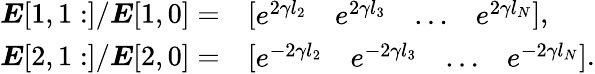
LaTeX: \begin{array}{rl}{\boldsymbol{E}[1,1:]/\boldsymbol{E}[1,0]=}&{\left[\begin{array}{llll}{e^{2\gamma l_{2}}}&{e^{2\gamma l_{3}}}&{\ldots}&{e^{2\gamma l_{N}}}\end{array}\right],}\\ {\boldsymbol{E}[2,1:]/\boldsymbol{E}[2,0]=}&{\left[\begin{array}{llll}{e^{-2\gamma l_{2}}}&{e^{-2\gamma l_{3}}}&{\ldots}&{e^{-2\gamma l_{N}}}\end{array}\right].}\end{array}